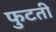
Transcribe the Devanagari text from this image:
फुटती